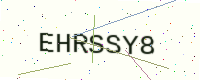
Text: EHRSSY8